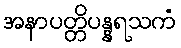
အနာပတ္တိပန္နရသကံ